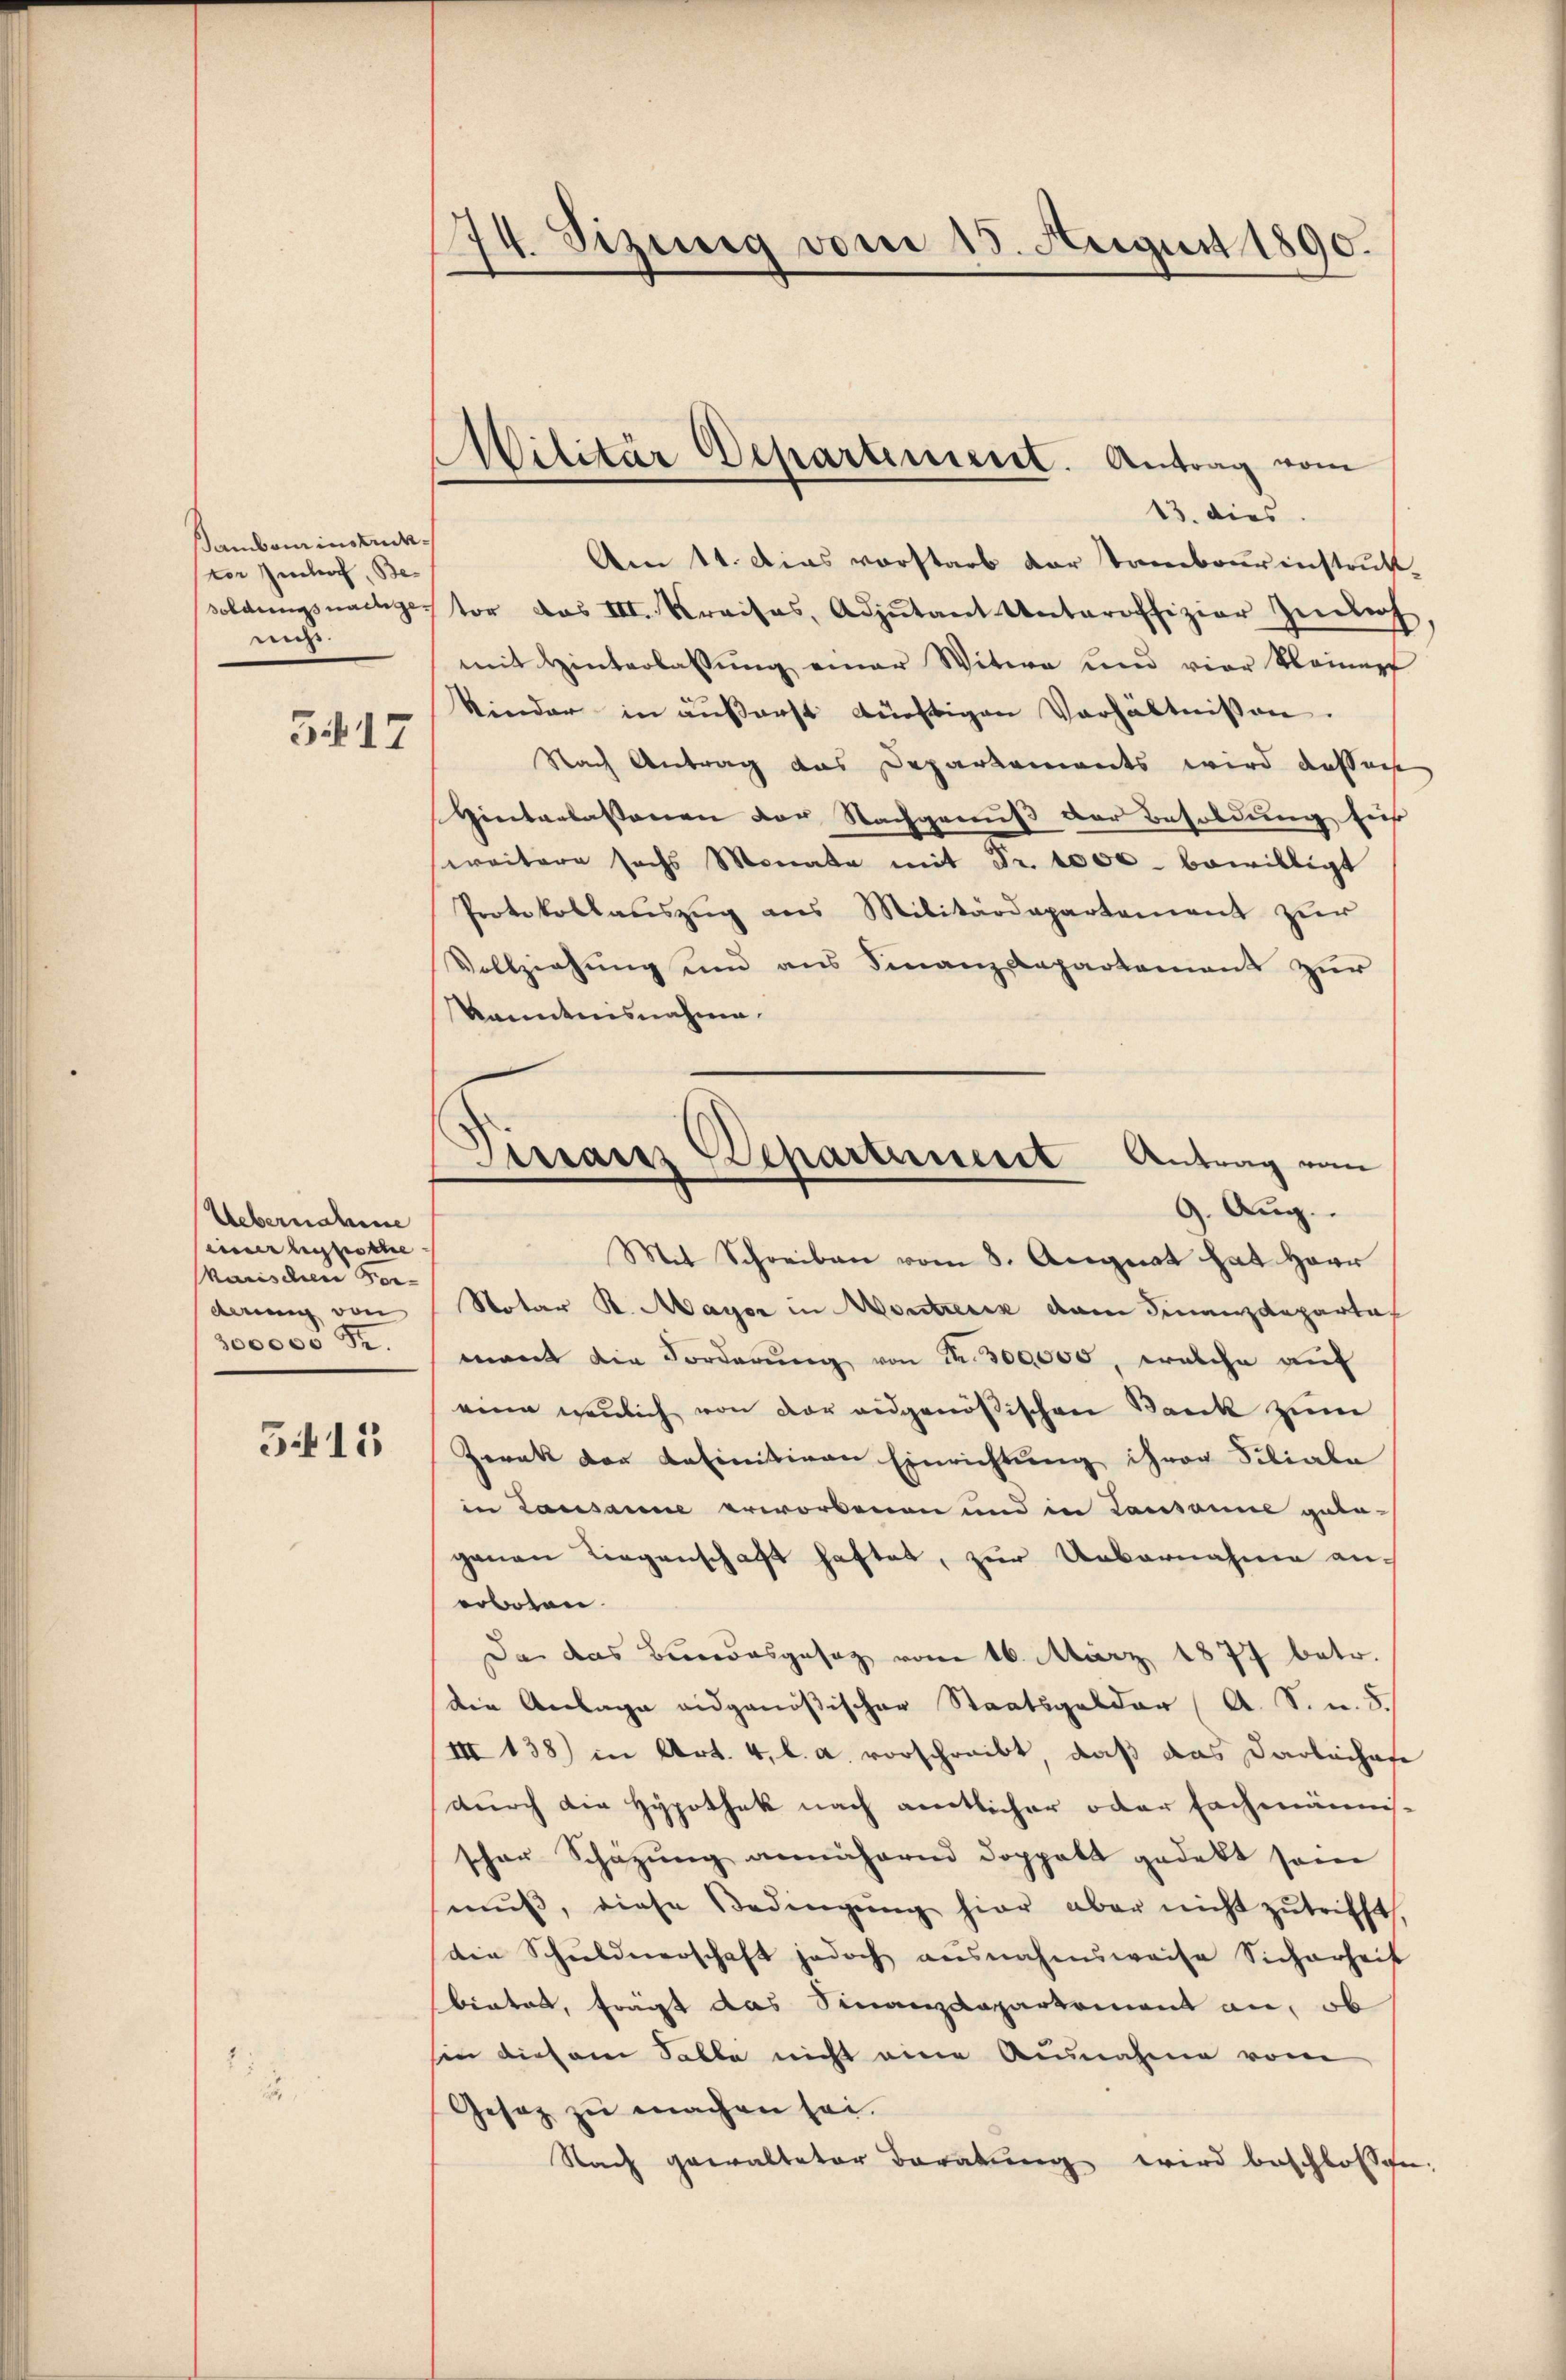
sambaminsendater Imhof, Bemis.

3.617

Uebernahme
einer hypothe
karischen Forderung von
300000 Fr.

5415

74. Sizung vom 15. August 1890.

.
Silitär Departiniert. Antrag vom

13. dies
Am 11. Das vorstarb der Tambourinstrukt
soldungsnachgestor das III. Kreises, Adjutant Unteroffizier Zinsich
mit Hinterlassung einer Witwe und vier Kleiner
kinder in äußerst dürftigen Verhältnissen.
Nach Antrag das Departamants wird aussache
Hinterlassenen der Nachgenuß der Besoldung für
weitere sechs Monate mit Fr. 1000 bewilligt
Protokollauszug aus Militärdepartement zur
Vollziehung und aus Finanzdepartement zur
Kanntnisnahme.
Mit Schreiben vom 8. August hat Herr
Notar R. Mayer in Montretik dem Finanzdepartal
mant die Forderung von Nr. 300000, welche auf
eine neulich von der ausgenößischen Bank zum
Zerak der definitiven Einrichtung ihrer Siliale
in Lausanne erworbenen und in Tausanne gelagenen Liegenschaft haftet, zur Uebernahme anerboten.
Da das Bundesgesetz vom 16. März 1877 betr.
die Anlage eidgenößischer Staatsgelder (A. S. u. S.
III 138) in Art. 4, l. a. vorschreibt, daß das Darleihafe
durch die Hypothek nach amtlicher oder Fachmännis-
schon Schazung annähernd doppelt gedekt sein
mŭβ, diese Bedingŭng hier aber nicht zutrifft
die Schuldnerschaft jedoch ausnahmsweise Sicherheit
bietet, frägt das Sinanzdepartement an, ob
sin diesem Salle nicht eine Ausnahme vom
Gesez zu machen sei.
Nach gewalteter Beratung wird beschlossen:

Dissar Departement Antrag von
9. Aug.